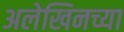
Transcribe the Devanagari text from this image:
अलेखिनच्या